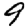
Digit: 9